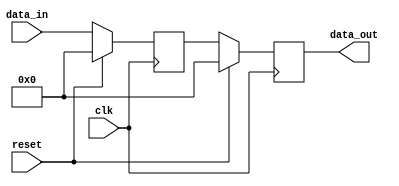
module synchronous_reset_example (
    input wire clk,          // Clock signal
    input wire reset,        // Synchronous reset signal
    input wire [7:0] data_in, // Sample input data
    output reg [7:0] data_out // Sample output data
);

// State variable
reg [7:0] state;

// Always block for synchronous reset and state update
always @(posedge clk) begin
    if (reset) begin
        // Synchronous reset: initialize state and output
        state <= 8'b0;  // Reset state to 0
        data_out <= 8'b0; // Reset output to 0
    end else begin
        // Normal operation logic
        state <= data_in; // Update state with input data
        data_out <= state; // Output current state
    end
end

endmodule